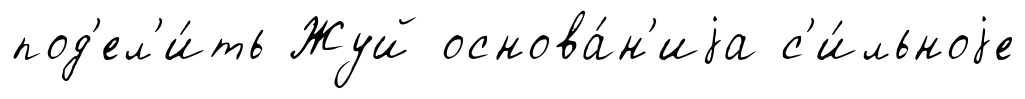
под'ел'и́ть Жуй основа́н'иjа с'и́льноjе